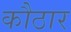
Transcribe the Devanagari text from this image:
कौठार